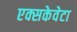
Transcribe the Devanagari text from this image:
एक्सकेवेटा